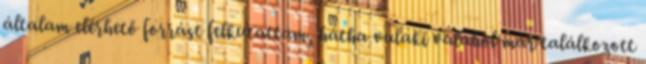
általam elérhető forrást felkutattam, hátha valaki valahol már találkozott